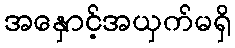
အနှောင့်အယှက်မရှိ